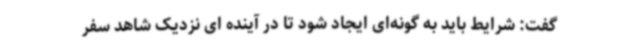
گفت: شرایط باید به گونه‌ای ایجاد شود تا در آینده ای نزدیک شاهد سفر